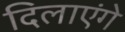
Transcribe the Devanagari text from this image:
दिलाएंगे